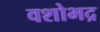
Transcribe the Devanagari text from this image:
वशोभद्र